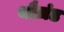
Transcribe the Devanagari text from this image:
थौज़ंड